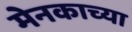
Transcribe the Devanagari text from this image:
मेनकाच्या